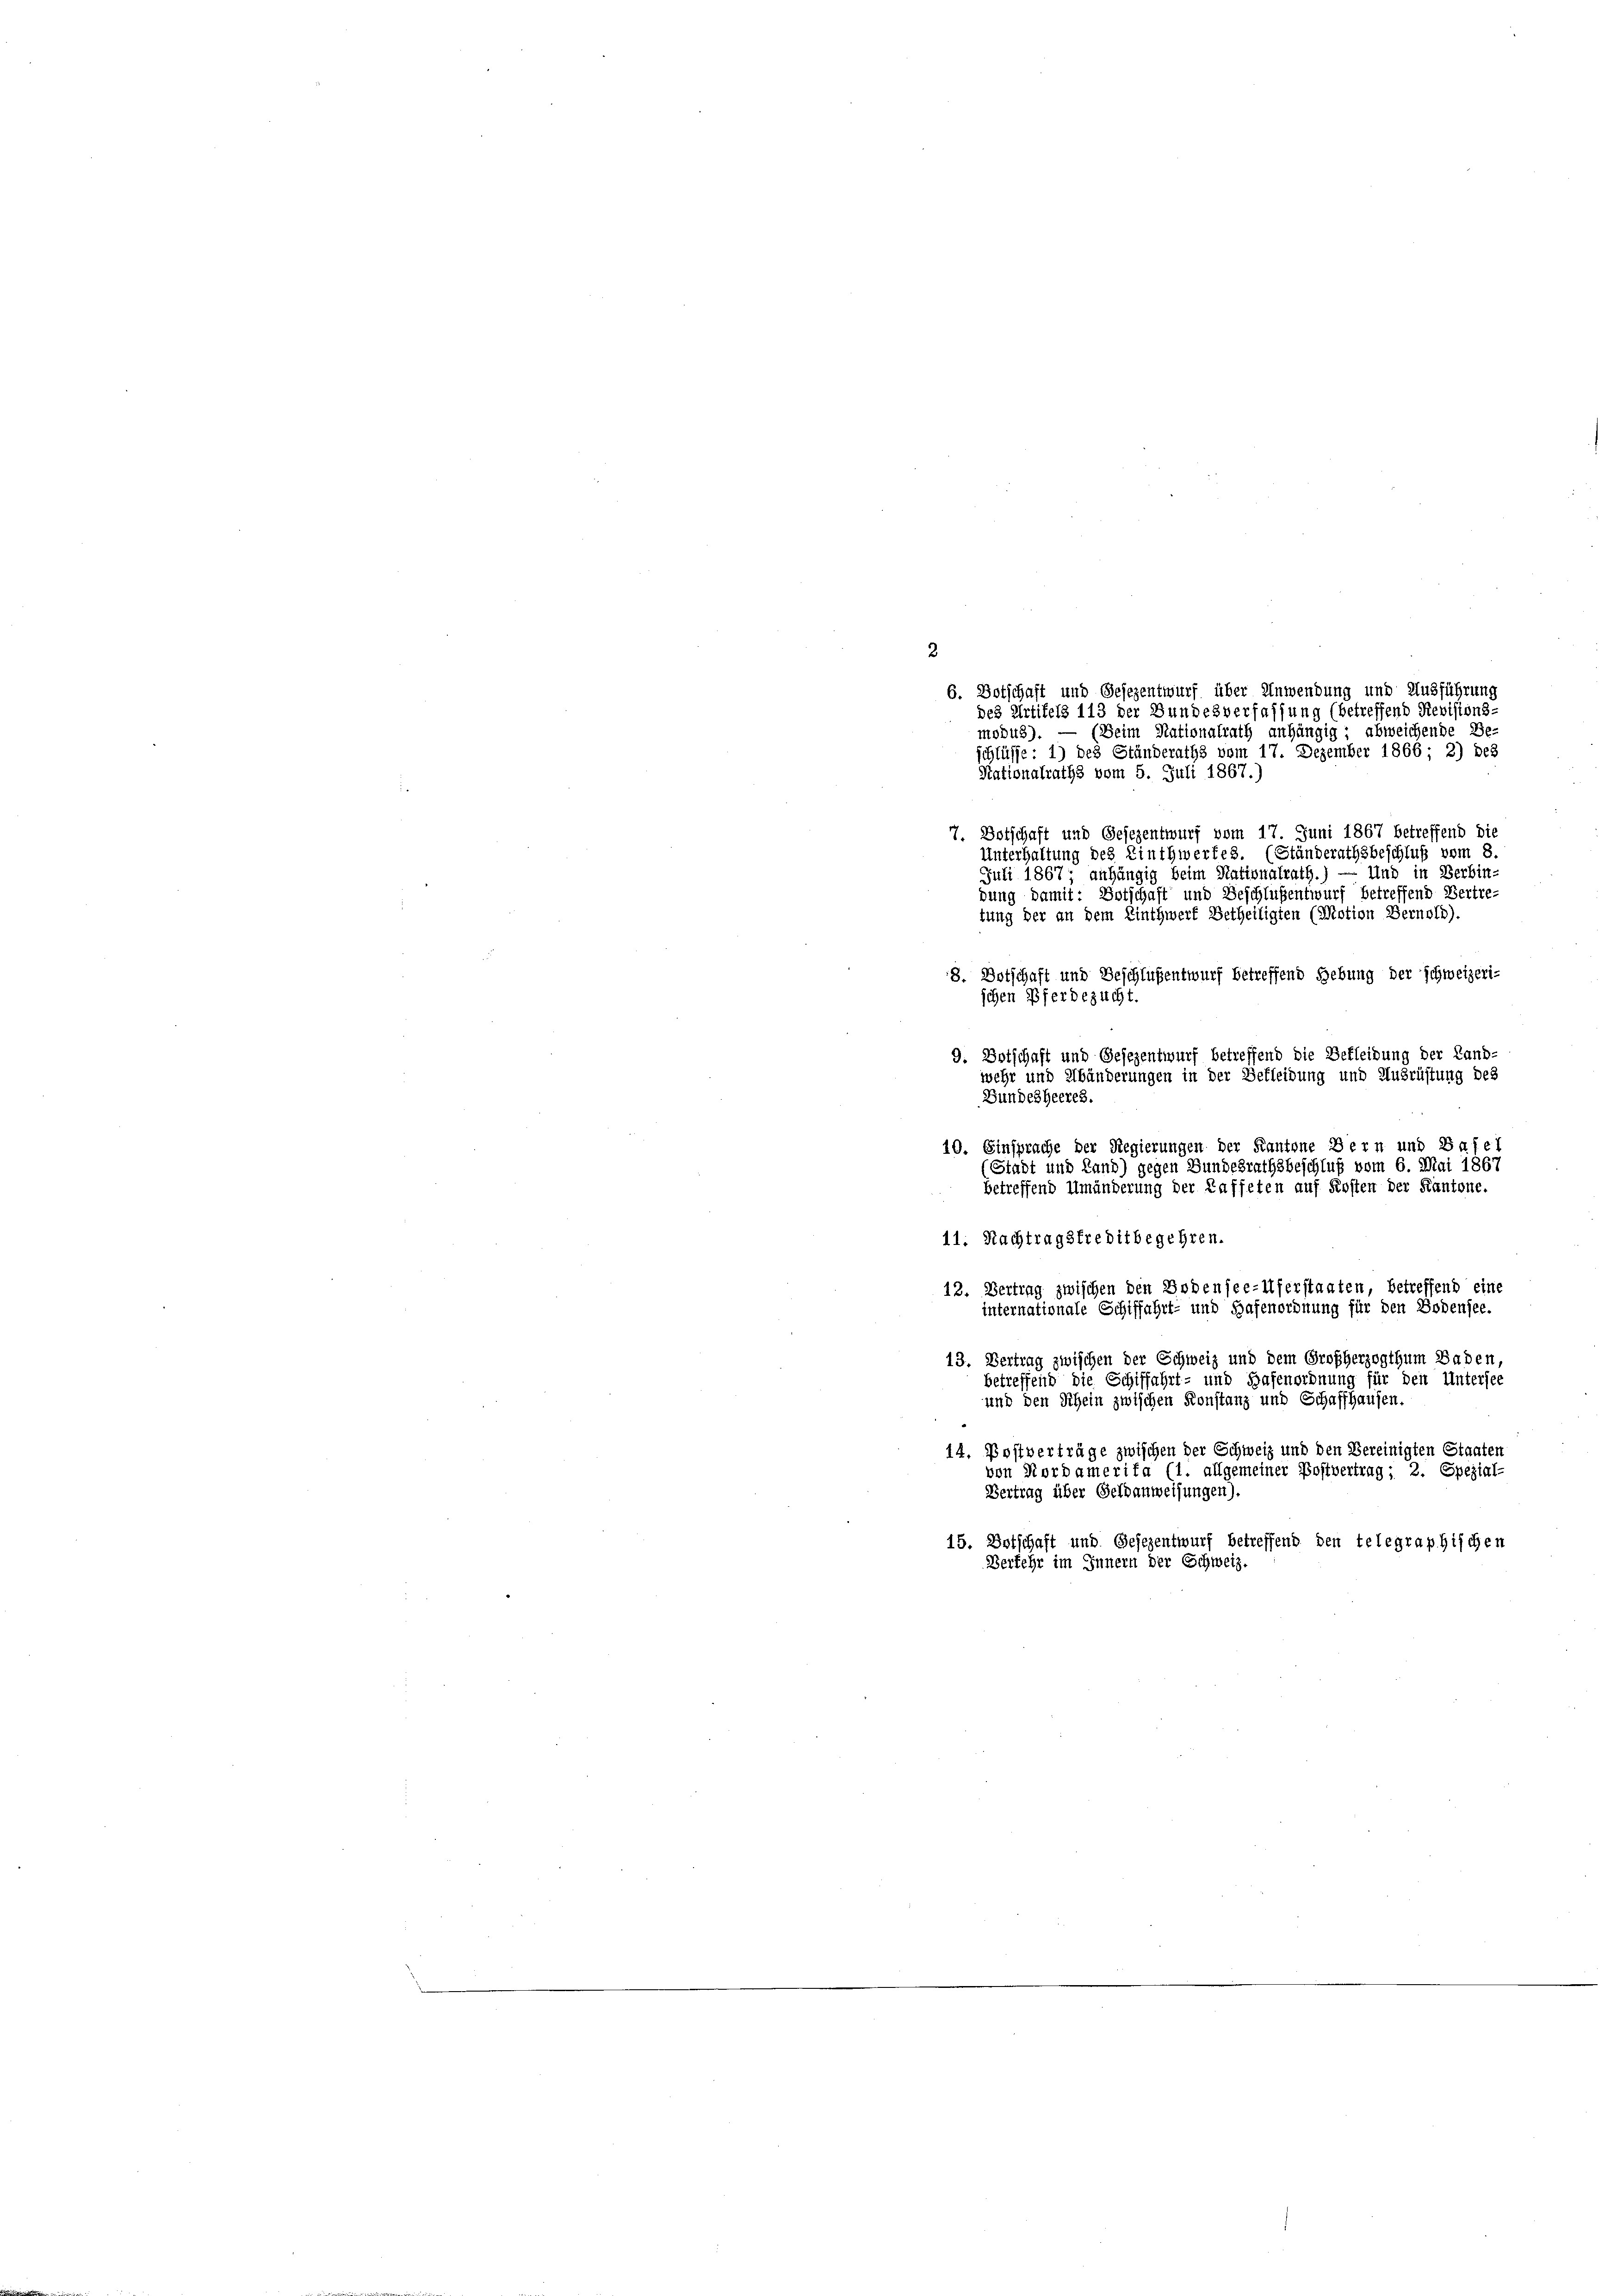
2

6. Botschaft und Gesezentwurf über Anwendung und Ausführung
des Artikels 113 der Bundesverfassung (betreffend Revisions-
modus). — (Seim Nationalrath anhängig; abweichende Be-
schlüsse: 1) des Ständeraths vom 17. Dezember 1866 - 2) des
Nationalraths vom 5. Juli 1867.)
7. Botschaft und Gesezentwurf vom 17. Juni 1867 betreffend die
Unterhaltung des Zinthwerfes. (Ständerathsbeschluß vom 8.
Juli 1867; anhängig beim Nationalrath.) — Und in Verbin-
dung damit: Botschaft und Beschlüßentwurf betreffend Bertretung der an dem Linthwert Betheiligten (Motion Bernold).
8. Botschaft und Beschlüßentwurf betreffend Hebung der schweizeri-
schen Pferdezucht.
9. Entschaft und Gesezentwurf betreffend die Bekleidung der Land-
wehr und Abänderungen in der Bekleidung und Ausrüstung des
Bundesheeres.
10. Einsprache der Regierungen der Kantone Bern und Basel
(Stadt und Land) gegen Bundesrathsbeschluß vom 6. Mai 1867
betreffend Umänderung der Kaffeten auf Kosten der Kantone.
11. Nachtragsfreditbegehren.
getreffend eine
12. Vertrag zwischen den Bodensee-Uferstaate
internationale Schiffahrt- und Hafenordnung für den Bodensee.
13. Vertrag zwischen der Schweiz und dem Großherzogthum Baden
betreffend die Schiffahrt- und Hafenordnung für den Untersee
und den Schein zwischen Konstanz und Schaffhausen.
14. Postverträge zwischen der Schweiz und den Vereinigten Staaten
von Nordamerifa (1. allgemeiner Postvertrag; 2. Spezial-
Vertrag über Geldanweisungen).
15. Entschaft und Gesezentwurf betreffend den telegraphischen
Verkehr im Innern der Schweiz.